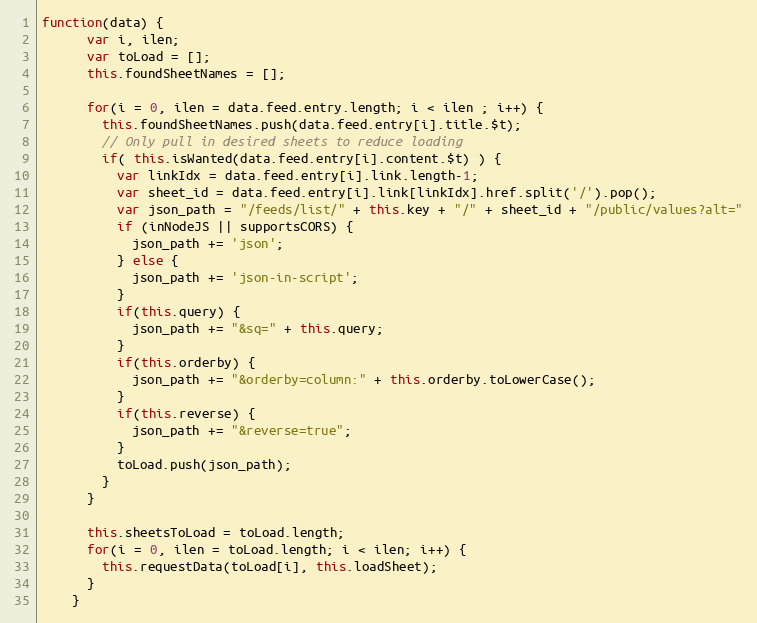
Language: JavaScript
function(data) {
      var i, ilen;
      var toLoad = [];
      this.foundSheetNames = [];

      for(i = 0, ilen = data.feed.entry.length; i < ilen ; i++) {
        this.foundSheetNames.push(data.feed.entry[i].title.$t);
        // Only pull in desired sheets to reduce loading
        if( this.isWanted(data.feed.entry[i].content.$t) ) {
          var linkIdx = data.feed.entry[i].link.length-1;
          var sheet_id = data.feed.entry[i].link[linkIdx].href.split('/').pop();
          var json_path = "/feeds/list/" + this.key + "/" + sheet_id + "/public/values?alt="
          if (inNodeJS || supportsCORS) {
            json_path += 'json';
          } else {
            json_path += 'json-in-script';
          }
          if(this.query) {
            json_path += "&sq=" + this.query;
          }
          if(this.orderby) {
            json_path += "&orderby=column:" + this.orderby.toLowerCase();
          }
          if(this.reverse) {
            json_path += "&reverse=true";
          }
          toLoad.push(json_path);
        }
      }

      this.sheetsToLoad = toLoad.length;
      for(i = 0, ilen = toLoad.length; i < ilen; i++) {
        this.requestData(toLoad[i], this.loadSheet);
      }
    }